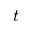
t